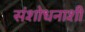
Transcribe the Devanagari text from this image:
संशोधनाशी